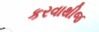
કરવાથીજ